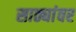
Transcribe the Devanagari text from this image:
साठ्यांवर